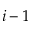
i - 1